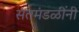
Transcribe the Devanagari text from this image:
संतमंडळींनी